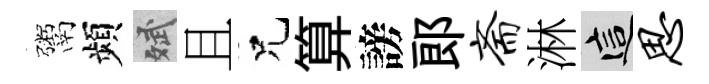
鬻頻斌且兄算謗郞斋淋這思